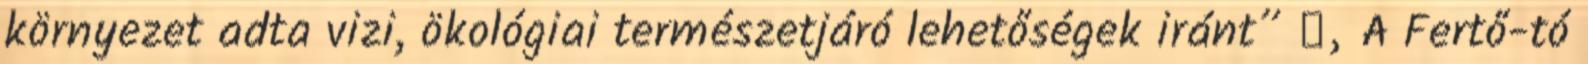
környezet adta vizi, ökológiai természetjáró lehetőségek iránt” ▪„A Fertő-tó